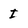
Character: I